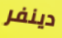
دينفر